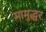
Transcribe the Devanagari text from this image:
मामुद्धर